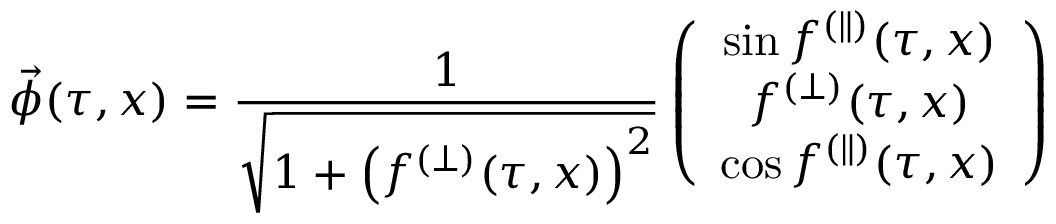
\vec { \phi } ( \tau , x ) = \frac { 1 } { \sqrt { 1 + \left( f ^ { ( \perp ) } ( \tau , x ) \right) ^ { 2 } } } \left( \begin{array} { c } { { \sin f ^ { ( \parallel ) } ( \tau , x ) } } \\ { { f ^ { ( \perp ) } ( \tau , x ) } } \\ { { \cos f ^ { ( \parallel ) } ( \tau , x ) } } \end{array} \right)